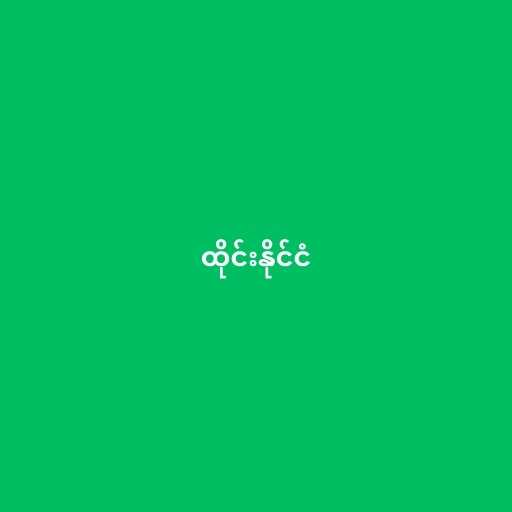
ထိုင်းနိုင်ငံ